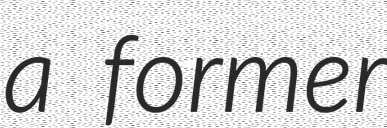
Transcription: a former